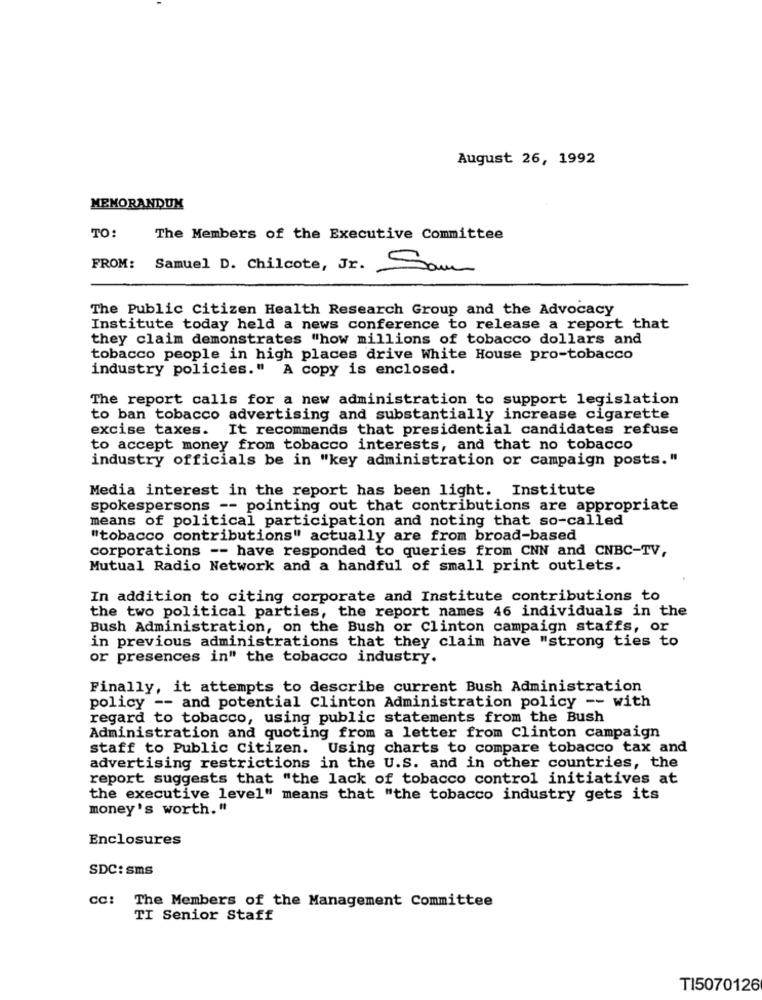
August 26, 1992
MEMORANDUM
TO:
The Members of the Executive Committee
FROM: Samuel D. Chilcote, Jr. Sam
The Public citizen Health Research Group and the Advocacy
Institute today held a news conference to release a report that
they claim demonstrates "how millions of tobacco dollars and
tobacco people in high places drive White House pro-tobacco
industry policies." A copy is enclosed.
The report calls for a new administration to support legislation
to ban tobacco advertising and substantially increase cigarette
excise taxes. It recommends that presidential candidates refuse
to accept money from tobacco interests, and that no tobacco
industry officials be in "key administration or campaign posts."
Media interest in the report has been light. Institute
spokespersons -- pointing out that contributions are appropriate
means of political participation and noting that so-called
"tobacco contributions" actually are from broad-based
corporations -- have responded to queries from CNN and CNBC-TV,
Mutual Radio Network and a handful of small print outlets.
In addition to citing corporate and Institute contributions to
the two political parties, the report names 46 individuals in the
Bush Administration, on the Bush or Clinton campaign staffs, or
in previous administrations that they claim have "strong ties to
or presences in" the tobacco industry.
Finally, it attempts to describe current Bush Administration
policy -- and potential Clinton Administration policy -- with
regard to tobacco, using public statements from the Bush
Administration and quoting from a letter from Clinton campaign
staff to Public Citizen. Using charts to compare tobacco tax and
advertising restrictions in the U.S. and in other countries, the
report suggests that "the lack of tobacco control initiatives at
the executive level" means that "the tobacco industry gets its
money's worth."
Enclosures
SDC: Sms
CC: The Members of the Management Committee
TI Senior Staff
TI5070126